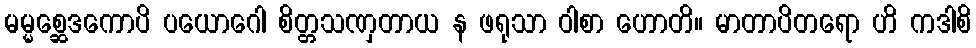
မမ္မစ္ဆေဒကောပိ ပယောဂေါ စိတ္တသဏှတာယ န ဖရုသာ ဝါစာ ဟောတိ။ မာတာပိတရော ဟိ ကဒါစိ